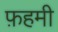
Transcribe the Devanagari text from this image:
फ़हमी